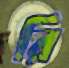
রি